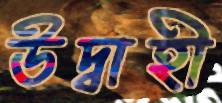
উদ্বাহী